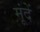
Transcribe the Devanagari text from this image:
मूंदें